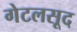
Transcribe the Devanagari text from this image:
गेटलसूद